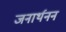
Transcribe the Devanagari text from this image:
जनार्थनन